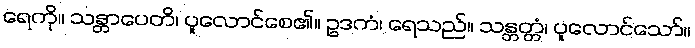
ရေကို။ သန္တာပေတိ၊ ပူလောင်စေ၏။ ဥဒကံ၊ ရေသည်။ သန္တတ္တံ၊ ပူလောင်သော်။